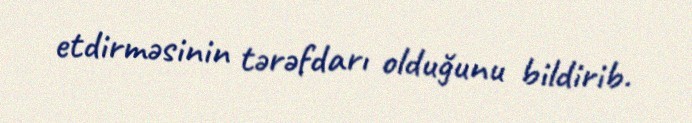
etdirməsinin tərəfdarı olduğunu bildirib.